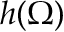
h ( \Omega )